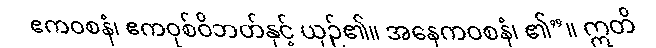
ဧကဝစနံ၊ ဧကဝုစ်ဝိဘတ်နှင့် ယှဉ်၏။ အနေကဝစနံ၊ ၏”။ ဣတိ